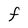
Character: F